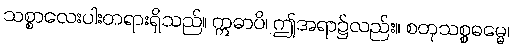
သစ္စာလေးပါးတရားရှိသည်။ ဣဓာပိ၊ ဤအရာ၌လည်း။ စတုသစ္စဓမ္မေ၊